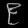
Digit: ၉